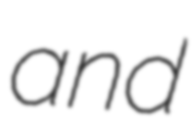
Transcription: and